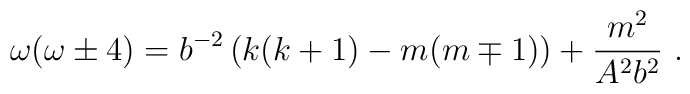
\omega(\omega \pm 4)=b^{-2} \left(k(k+1)- m(m\mp 1) \right)+\frac{m^2}{A^2b^2} \ .